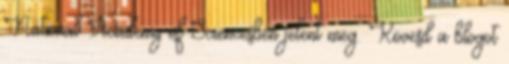
National Academy of Sciencesben jelent meg. Kövesd a blogot